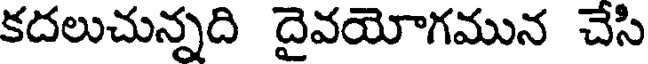
కదలుచున్నది దైవయోగమున చేసి